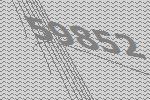
59852